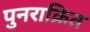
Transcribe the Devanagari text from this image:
पुनराक्रित